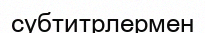
субтитрлермен